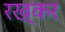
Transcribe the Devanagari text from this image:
रख्कर